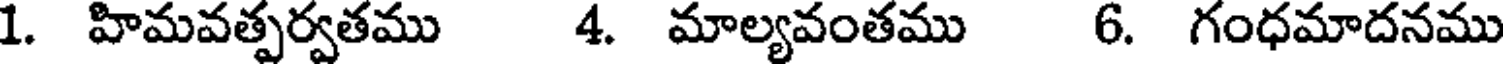
1. హిమవత్పర్వతము 4. మాల్యవంతము 6. గంధమాదనము